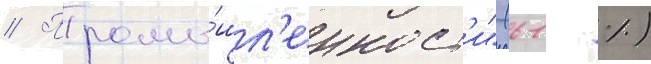
// Промы́шл'енност'и" (61 %)